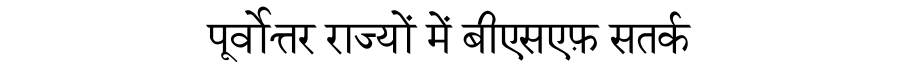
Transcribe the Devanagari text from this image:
पूर्वोत्तर राज्यों में बीएसएफ़ सतर्क